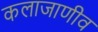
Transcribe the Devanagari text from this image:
कलाजाणीव